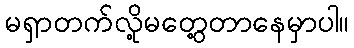
မရှာတက်လို့မတွေ့တာနေမှာပါ။